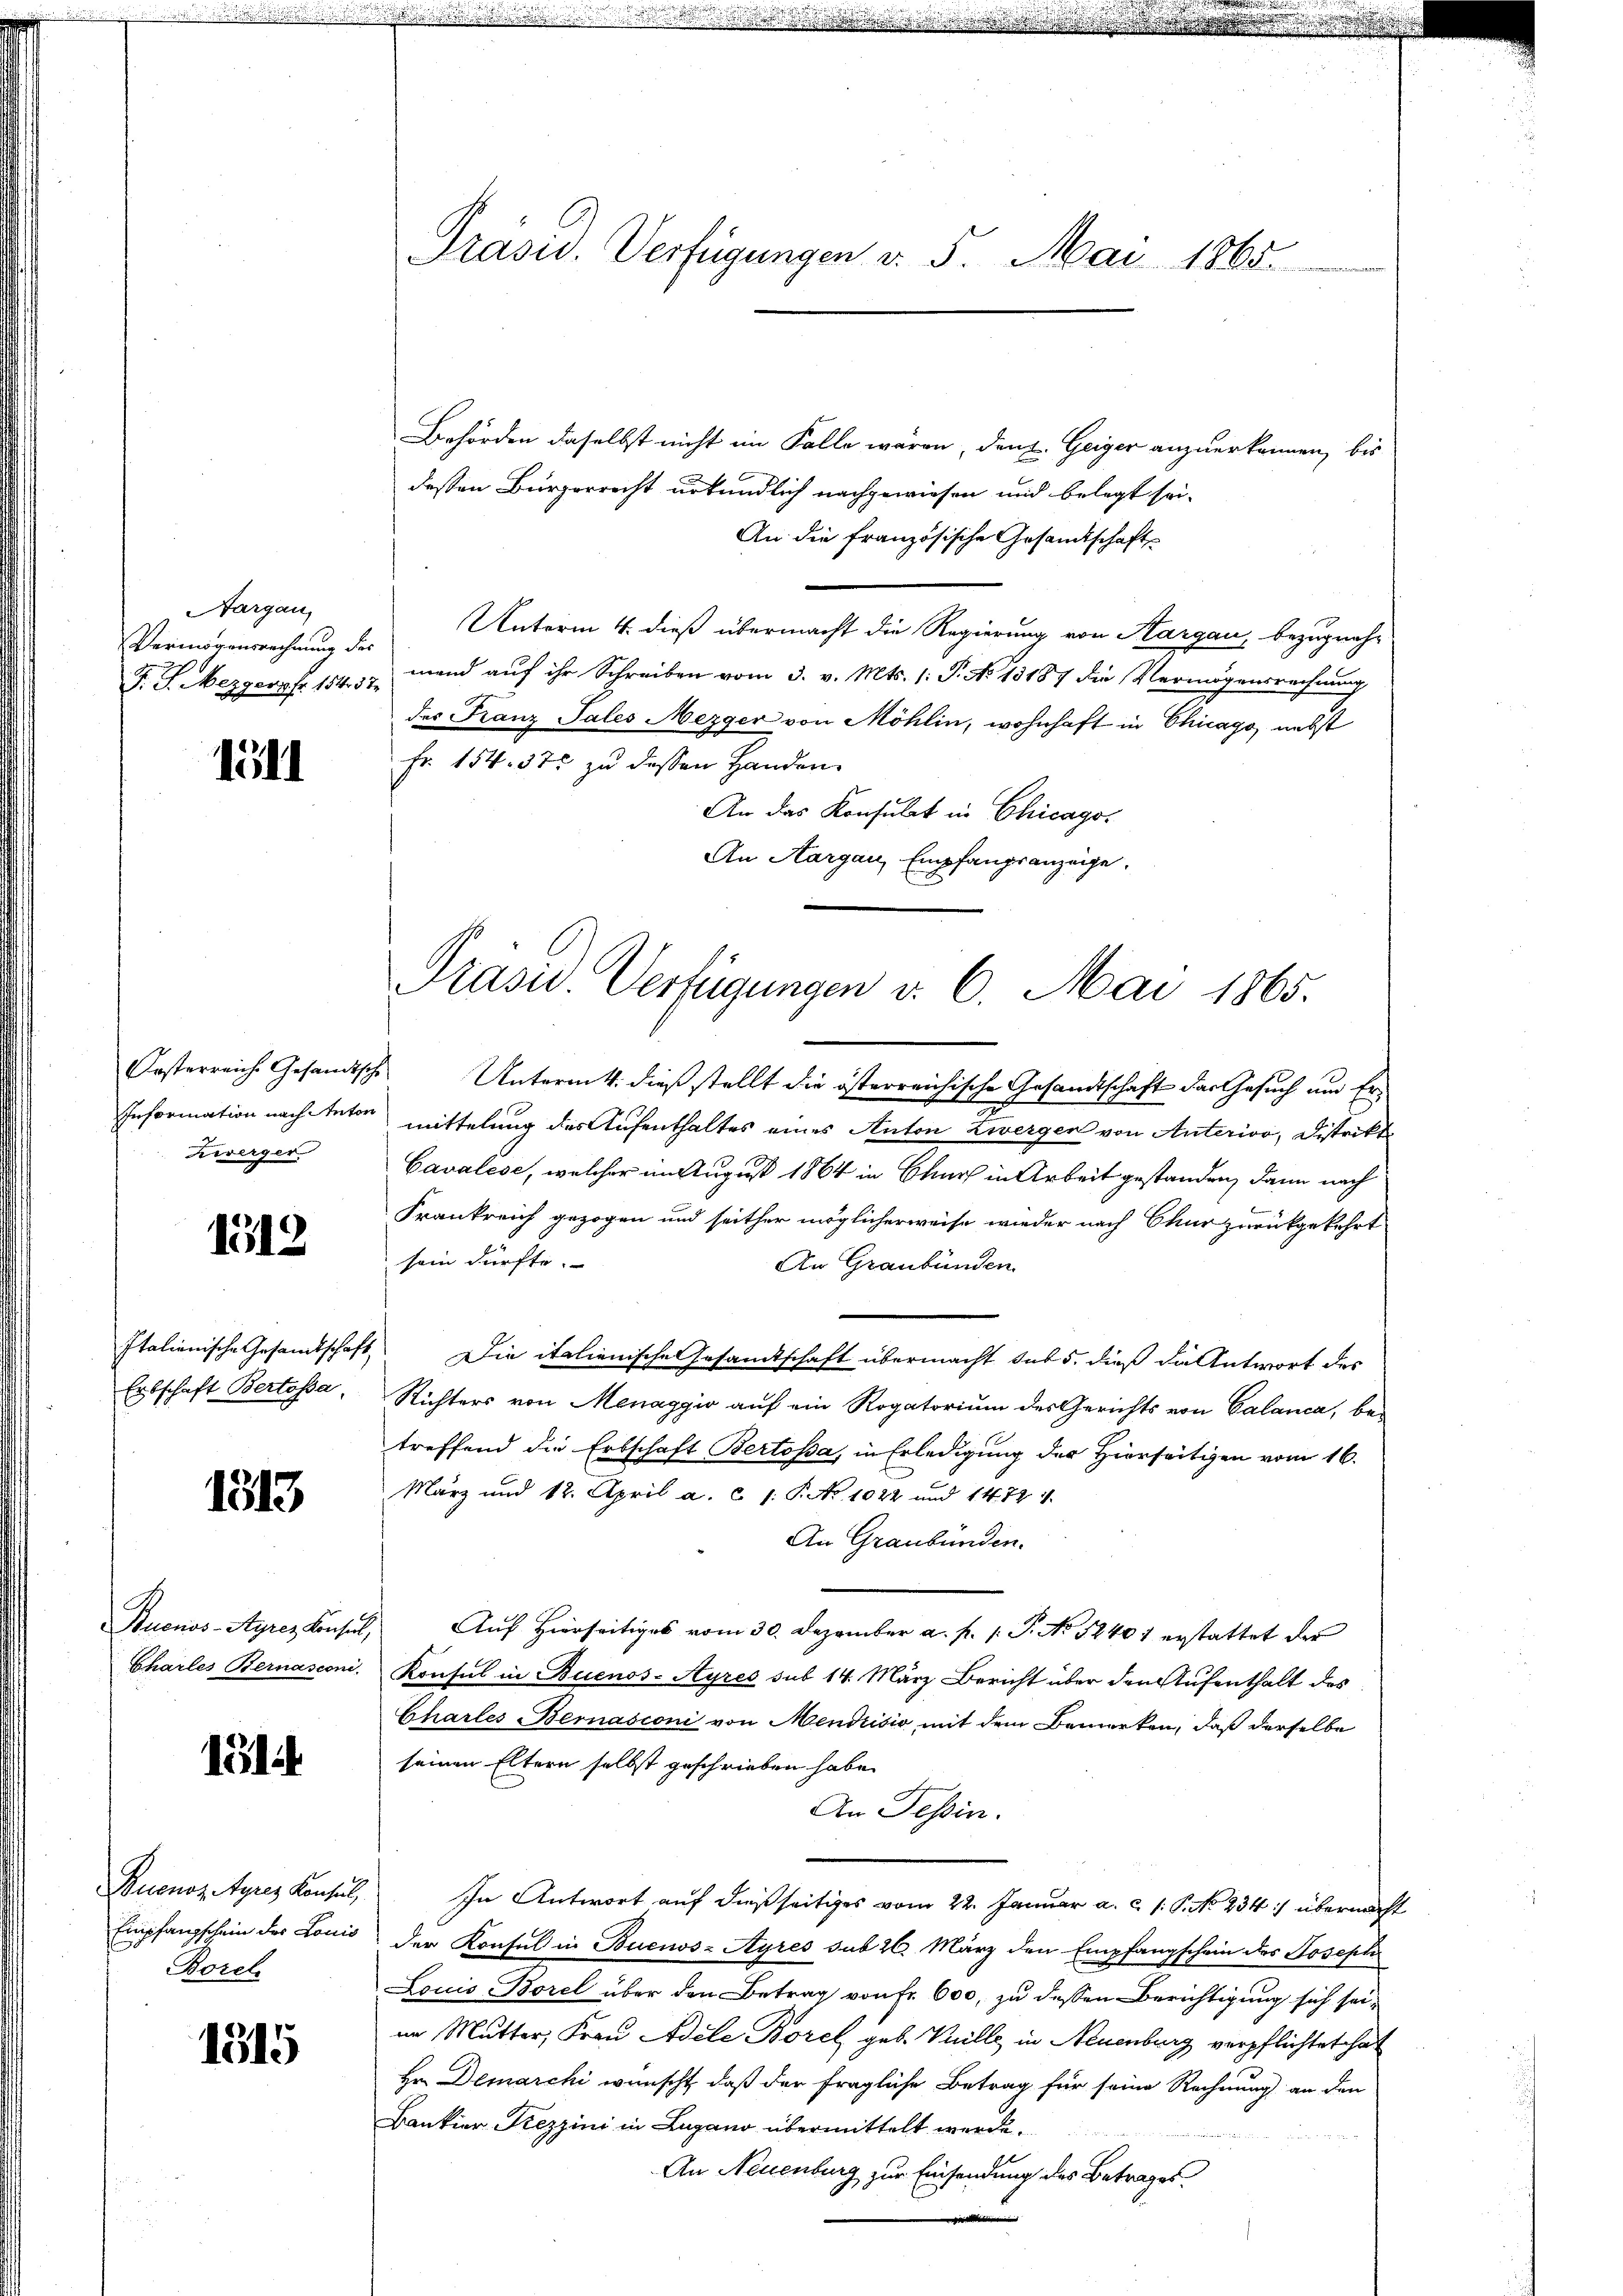
Aargau,
Vermögensrechnung des

löll

zwerger

1512

Italienische Gesamtschaf
Erbschaft Bertosa,

1813

Charles Bernasconi.

151.

Buenos Ayres Konsul,
Empfangschein der Louis
Borel

1315

.333

Präsid. Verfügungen d. 5. Mai 1865.

Behörden daselbst nicht im Falle wären, den Geiger anzuerkennen, bis
dessen Bürgerrecht urkundlich nachgewiesen und belegt sei-
An die französische Gesandtschaft
Unterm 4. dieß übermacht die Regierung von Hargau, bezugnah¬
F. J. Mezgerpfr 154. 37. mand aŭf ihr Schreiben vom 3. v. Mts. 1. P. No 13187 die Vermögensrechnung
des Franz Tales Mezger von Möhlin, wohnhaft in Chicago nebst
Fr. 154. 375 zu dessen Handen.
An das Konsulat in Chicago,
An Aargau, Empfangsanzeige.
Kosterreiche Gesandtsche Unterm 4. dieß stellt die österreichische Gesandtschaft das Gesuch um Er¬
Information nach Antor mittelung des Aufenthaltes eines Anton Zwerger von Anterior, Distrikt
Cavalise, welcher im August 1864 in Chur in Arbeit gestanden, dann nach
Frankreich gezogen und seither möglicherweise wieder nach Chur zurückgekehrt
sein dürfte.
An Graubünden.
16) Die italienische Gesamtschaft übermacht sub 5, dieß die Antwort des
Richters von Menaggio auf ein Rogatorium des Gerichts von Calanca, be-
treffend die Erbschaft Bertosa, in Erledigung der Hierseitigen vom 16.
März und 12. April a. c. 1: P. Nr. 1022 und 1472 1
An Graubünden.
Auenos-Ayres Konsul, Aŭf Hierseitiges vom 30. Dezember a. p. 1. P. No 12401 erstattet der
Konsul in Buenos-Ayres sub 14. März Bericht über den Aufenthalt des
Charles-Bernasconi von Mendrisio mit dem Bemerken, daß derselbe
seinen Eltern selbst geschrieben habe.
An Tessin.
" In Antwort auf dießseitiges vom 22. Januar a. c. 1. P. No 234. übermacht
der Konsul in Buenos-Ayres sub 26. März den Empfangschein des Joseph
Louis Borel über den Betrag von fr. 600, zu dessen Berichtigung sich seiim Mutter, Frau Adele Borel geb. Vuille in Neuenburg verpflichtet hat
Hr. Demarchi wünscht, daß der fragliche Betrag für seine Rechnung an den
Bankier Trezzini in Lugano übermittelt werde.
An Neuenburg zur Einsendung des Betrages.

Präsid. Verfügungen v. 6. Mai 1865.